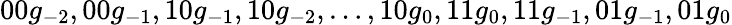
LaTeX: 00g_{-2},00g_{-1},10g_{-1},10g_{-2},\ldots,10g_{0},11g_{0},11g_{-1},01g_{-1},01g_{0}